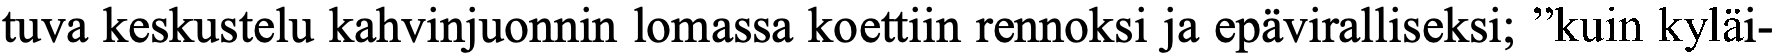
tuva keskustelu kahvinjuonnin lomassa koettiin rennoksi ja epäviralliseksi; ”kuin kyläi-